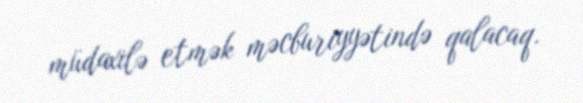
müdaxilə etmək məcburiyyətində qalacaq.